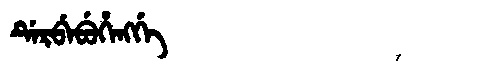
Manchu: ᡩᡝᡵᠪᡝᠪᡠᡥᡝᠩᡤᡝ
Romanization: DERBEBUHENGGE